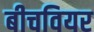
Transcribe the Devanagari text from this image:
बीचवियर